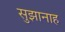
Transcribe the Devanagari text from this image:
सुझानाह